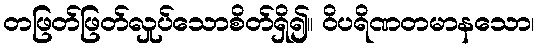
တဖြတ်ဖြတ်လှုပ်သောစိတ်ရှိ၍။ ဝိပရိဏတမာနသော၊